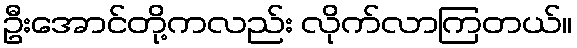
ဦးအောင်တို့ကလည်း လိုက်လာကြတယ်။